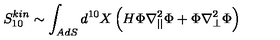
S _ { 1 0 } ^ { k i n } \sim \int _ { A d S } d ^ { 1 0 } X \left( H \Phi \nabla _ { | | } ^ { 2 } \Phi + \Phi \nabla _ { \perp } ^ { 2 } \Phi \right)